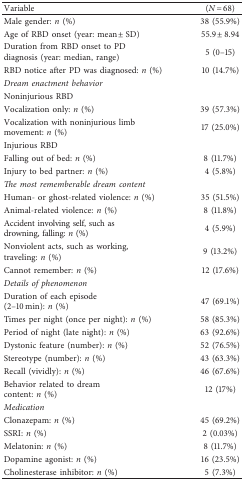
| Variable | (N = 68) |
 | --- | --- |
 | Male gender: n (%) | 38 (55.9%) |
 | Age of RBD onset (year: mean ± SD) | 55.9 ± 8.94 |
 | Duration from RBD onset to PD diagnosis (year: median, range) | 5 (0–15) |
 | RBD notice after PD was diagnosed: n (%) | 10 (14.7%) |
 | Dream enactment behavior |  |
 | Noninjurious RBD |  |
 | Vocalization only: n (%) | 39 (57.3%) |
 | Vocalization with noninjurious limb movement: n (%) | 17 (25.0%) |
 | Injurious RBD |  |
 | Falling out of bed: n (%) | 8 (11.7%) |
 | Injury to bed partner: n (%) | 4 (5.8%) |
 | The most rememberable dream content |  |
 | Human- or ghost-related violence: n (%) | 35 (51.5%) |
 | Animal-related violence: n (%) | 8 (11.8%) |
 | Accident involving self, such as drowning, falling: n (%) | 4 (5.9%) |
 | Nonviolent acts, such as working, traveling: n (%) | 9 (13.2%) |
 | Cannot remember: n (%) | 12 (17.6%) |
 | Details of phenomenon |  |
 | Duration of each episode (2–10 min): n (%) | 47 (69.1%) |
 | Times per night (once per night): n (%) | 58 (85.3%) |
 | Period of night (late night): n (%) | 63 (92.6%) |
 | Dystonic feature (number): n (%) | 52 (76.5%) |
 | Stereotype (number): n (%) | 43 (63.3%) |
 | Recall (vividly): n (%) | 46 (67.6%) |
 | Behavior related to dream content: n (%) | 12 (17%) |
 | Medication |  |
 | Clonazepam: n (%) | 45 (69.2%) |
 | SSRI: n (%) | 2 (0.03%) |
 | Melatonin: n (%) | 8 (11.7%) |
 | Dopamine agonist: n (%) | 16 (23.5%) |
 | Cholinesterase inhibitor: n (%) | 5 (7.3%) |